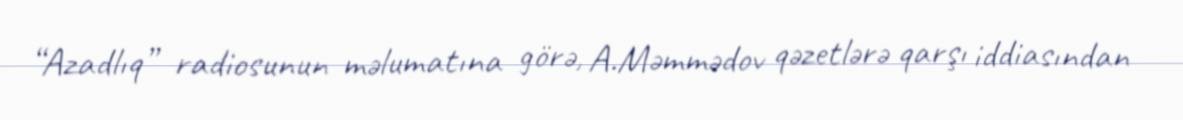
“Azadlıq” radiosunun məlumatına görə, A.Məmmədov qəzetlərə qarşı iddiasından